Papers set at the Examination for Leaving Certificates, 1892
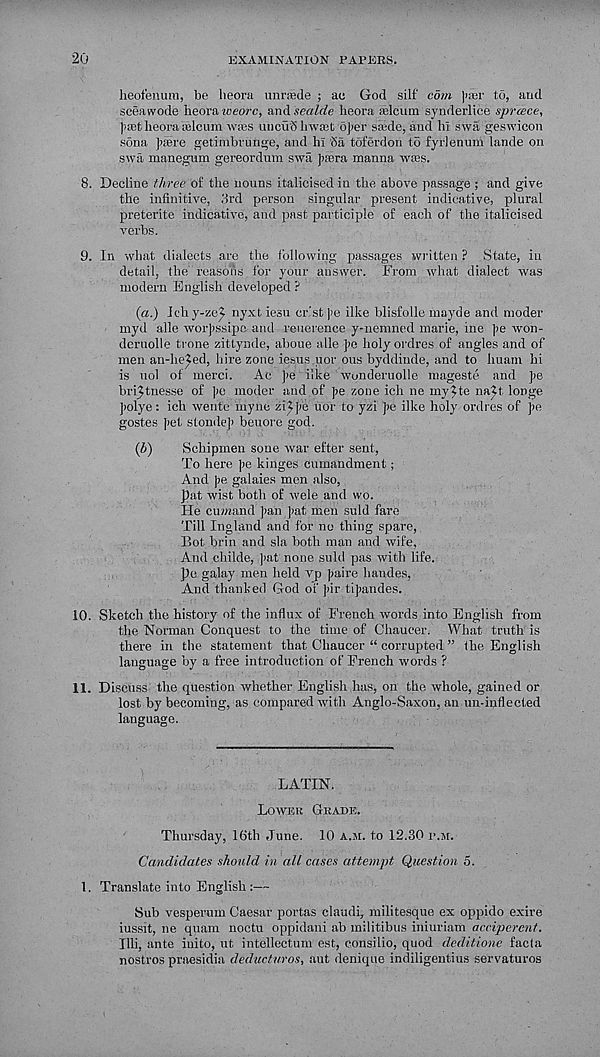
20
EXAMINATION PAPERS.
heofenum, be heorti mirrede ; au God silf com )>£er to, and
sceawode heoratveorc, and sealde heora adcum synderlice sprcece,
|'-cet Iveora ;elcum wass uncu'8 hwset o])er siede, and hi swa geswicon
sona ])f»re getimbrunge, and hi '5a toferdon to fyrlenum lande on
swa manegum gereordum swa feera manna wais.
8. Decline three of the nouns italicised in the above passage ; and give
the infinitive, 3rd person singular present indicative, plural
preterite indicative, and past participle of each of the italicised
verbs.
9. In what dialects are the following passages written ? State, in
detail, the reasons for your answer. From what dialect was
modern English developed ?
(a.) Ich y-ze^ nyxt iesu cr.’st ]>e ilke blisfolle mayde and moder
myd alle worjissipc and reuerence y-nemned marie, ine jie won-
deruolle trone zittynde, aboue alle )>e holy ordres of angles and of
men an-heied, hire zone iesus uor ous byddinde, and to Imam hi
is uol of merci.
Ac ]>e like wonderuolle mageste and ]ie
bri^tnesse of ]>e moder and of ]>e zone ich ne my^te na^t longe
]>olye: ich wente inyne zi^]>e uor to yzi J>e ilke holy ordres of )>e
gostes fet stondel) beuore god.
{b)
Schipmen soue war efter sent,
To here ];e kinges Cumandment;
And pe galaies men also,
pat wist both of wele and wo.
He cimand pan pat men suld fare
Till Ingland and for no thing spare,
Bot brin and sla both man and wife,
And childe, pat none suld pas with life,
pe galay men held vp paire handes,
And thanked God of pir tipandes.
10. Sketch the history of the influx of French words into English from
the Norman Conquest to the time of Chaucer. What truth is
there in the statement that Chaucer “ corrupted ” the English
language by a free introduction of French words ?
11. Discuss the question whether English has, on the whole, gained or
lost by becoming, as compared with Anglo-Saxon, an un-inflected
language.
LATIN.
LOWER GRADE.
Thursday, 16th June. 10 A.M. to 12.30 r.M.
Candidates should in all cases attempt Question 5.
1. Translate into English:—
Sub vesperum Caesar portas claudi, militesque ex oppido exire
iussit, ne quam noctu oppidani ah militibus iniuriam acciperent.
Mi, ante inito, ut intellectum est, consilio, quod deditione facta
nostros praesidia deducturos, aut denique indiligentius servaturos